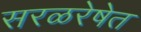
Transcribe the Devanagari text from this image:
सरळरेषेत